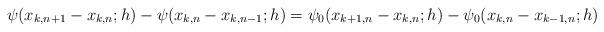
LaTeX: \begin{align*}\psi(x_{k,n+1}-x_{k,n};h)-\psi(x_{k,n}-{x}_{k,n-1};h)= \psi_0(x_{k+1,n}-x_{k,n};h)-\psi_0(x_{k,n}-x_{k-1,n};h)\end{align*}